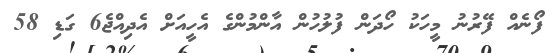
ފޯނެއް ފޭރުނު މީހަކު ހޯދަން ފުލުހުން އާންމުންގެ އެހީއަށް އެދިއްޖެ6 ގަޑި 58